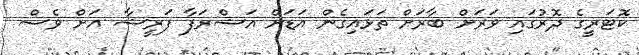
ކޮޓަރީގެ ދޮރުގައި ވަރަށް ބާރަށް ތަޅައިގެން އަޑަށް އަޝްރަފާ ފަރީޝާ އަށް ވެސް